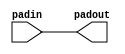
module stratixv_io_pad ( 
		      padin, 
                      padout
	            );
parameter lpm_type = "stratixv_io_pad";
input padin; 
output padout;
wire padin_ipd;
wire padout_opd;
buf padin_buf  (padin_ipd,padin);
assign padout_opd = padin_ipd;
buf padout_buf (padout, padout_opd);
endmodule